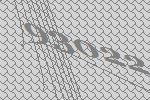
93022